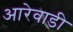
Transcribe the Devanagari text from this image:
आरेवाडी